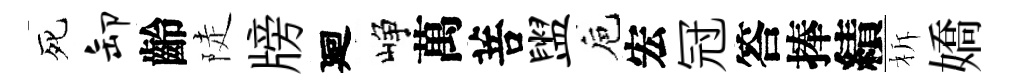
死卸齡陡牓廻峥萬菩盥巵宏冠答捧績柝嬌